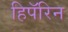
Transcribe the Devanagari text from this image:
हिपॅरिन